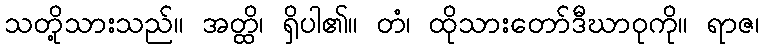
သတို့သားသည်။ အတ္ထိ၊ ရှိပါ၏။ တံ၊ ထိုသားတော်ဒီဃာဝုကို။ ရာဇ၊